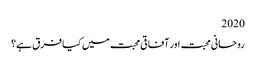
2020
روحانی محبت اور آفاقی محبت میں کیا فرق ہے؟